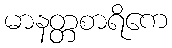
မာနတ္တစာရိကေ